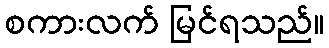
စကားလက် မြင်ရသည်။